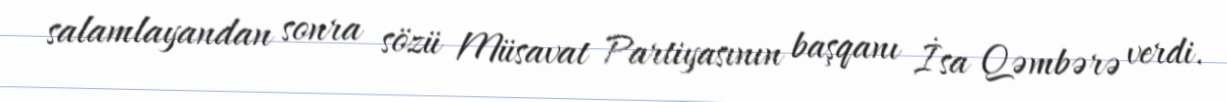
salamlayandan sonra sözü Müsavat Partiyasının başqanı İsa Qəmbərə verdi.